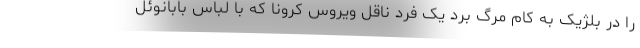
را در بلژیک به کام مرگ برد یک فرد ناقل ویروس کرونا که با لباس بابانوئل